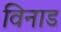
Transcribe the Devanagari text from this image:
विनाड